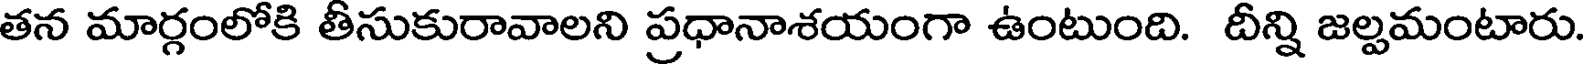
తన మార్గంలోకి తీసుకురావాలని ప్రధానాశయంగా ఉంటుంది. దీన్ని జల్పమంటారు